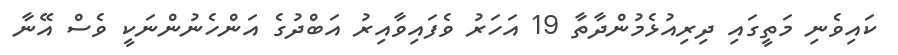
ކައިވެނި މަތީގައި ދިރިއުޅެމުންދާތާ 19 އަހަރު ވެފައިވާއިރު އަބްދުގެ އަންހެނުންނަކީ ވެސް އޭނާ